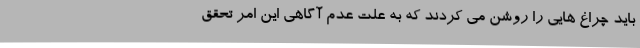
باید چراغ هایی را روشن می کردند که به علت عدم آگاهی این امر تحقق